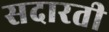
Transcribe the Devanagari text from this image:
सदारती